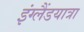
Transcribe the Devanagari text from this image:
इंग्लैंडयात्रा